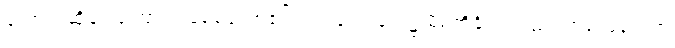
တောင်းဆိုချင်ကြောင်း ခရစ်တော်၏ပလ္လင်တော်ရှေ့၌ မိမိတို့နိုင်ငံလည်း အရှုံးမပေးတဲ့